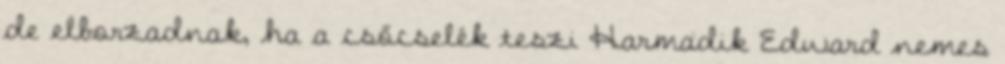
de elborzadnak, ha a csőcselék teszi Harmadik Edward nemes